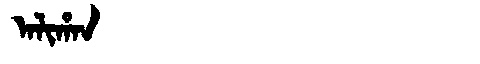
Manchu: ᠠᠯᡳᡥᠠᠨ
Romanization: ALIHAN